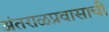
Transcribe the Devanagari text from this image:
अंतराळप्रवासाची